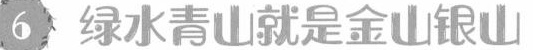
6，绿水青山就是金山银山